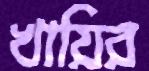
খায়ির